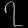
Digit: ၇